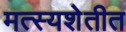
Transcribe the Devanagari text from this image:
मत्स्यशेतीत